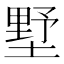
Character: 墅